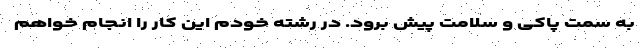
به سمت پاکی و سلامت پیش برود. در رشته خودم این کار را انجام خواهم